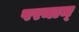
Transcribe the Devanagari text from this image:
परमाम्